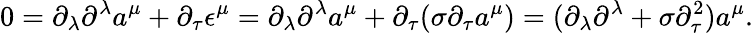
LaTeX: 0=\partial_{\lambda}\partial^{\lambda}a^{\mu}+\partial_{\tau}\epsilon^{\mu}=\partial_{\lambda}\partial^{\lambda}a^{\mu}+\partial_{\tau}(\sigma\partial_{\tau}a^{\mu})=(\partial_{\lambda}\partial^{\lambda}+\sigma\partial_{\tau}^{2})a^{\mu}.